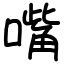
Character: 嘴